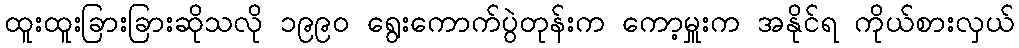
ထူးထူးခြားခြားဆိုသလို ၁၉၉၀ ရွေးကောက်ပွဲတုန်းက ကော့မှူးက အနိုင်ရ ကိုယ်စားလှယ်